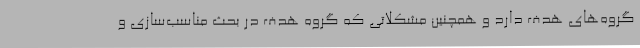
گروه‌های هدف دارد و همچنین مشکلاتی که گروه هدف در بحث مناسب‌سازی و